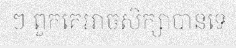
ៗ ពួកគេអាចសិក្សាបានទេ